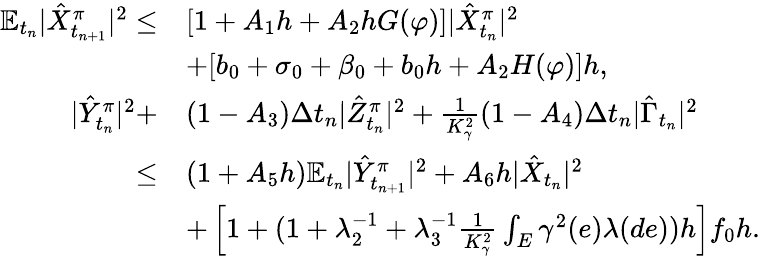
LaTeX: \begin{array}{rl}{\mathbb{E}_{t_{n}}{|\hat{X}_{t_{n+1}}^{\pi}|^{2}}\leq}&{[1+A_{1}h+A_{2}hG(\varphi)]|\hat{X}_{t_{n}}^{\pi}|^{2}}\\ &{+[b_{0}+\sigma_{0}+\beta_{0}+b_{0}h+A_{2}H({\varphi})]h,}\\ {|\hat{Y}_{t_{n}}^{\pi}|^{2}+}&{(1-A_{3})\Delta t_{n}|\hat{Z}_{t_{n}}^{\pi}|^{2}+\frac{1}{K_{\gamma}^{2}}(1-A_{4})\Delta t_{n}|\hat{\Gamma}_{t_{n}}|^{2}}\\ {\leq}&{(1+A_{5}h)\mathbb{E}_{t_{n}}{|\hat{Y}_{t_{n+1}}^{\pi}|^{2}}+A_{6}h|\hat{X}_{t_{n}}|^{2}}\\ &{+\left[1+(1+\lambda_{2}^{-1}+\lambda_{3}^{-1}\frac{1}{K_{\gamma}^{2}}\int_{E}\gamma^{2}(e)\lambda(de))h\right]f_{0}h.}\end{array}